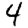
Digit: 4